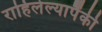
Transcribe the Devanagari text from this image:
राहिलेल्यापैंकी